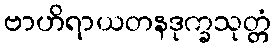
ဗာဟိရာယတနဒုက္ခသုတ္တံ